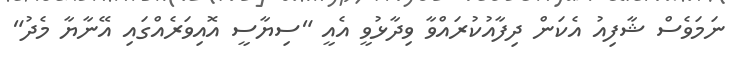
ނަމަވެސް ޝާފިއު އެކަން ދިފާއުކުރައްވާ ވިދާޅުވީ އެއީ "ސިޔާސީ އޮއިވަރެއްގައި އޭނާޔާ މެދު"